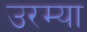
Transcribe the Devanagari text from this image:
उरम्या